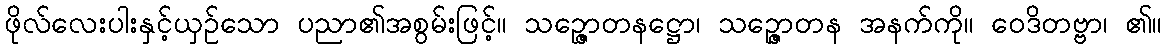
ဖိုလ်လေးပါးနှင့်ယှဉ်သော ပညာ၏အစွမ်းဖြင့်။ သဉ္ဇောတနဋ္ဌော၊ သဉ္ဇောတန အနက်ကို။ ဝေဒိတဗ္ဗာ၊ ၏။